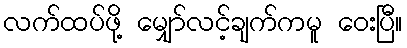
လက်ထပ်ဖို့ မျှော်လင့်ချက်ကမူ ဝေးပြီ။